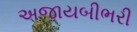
અજાયબીભરી